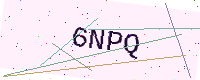
Text: 6NPQ